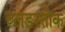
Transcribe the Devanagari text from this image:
ब्लड़स्तोक